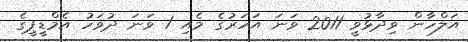
އަލްހާން ވިދާޅުވީ 2011 ވަނަ އަހަރުގެ މެއި 1 ވަނަ ދުވަހު އެމްޑީޕީގެ